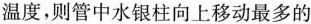
温度，则管中水银柱向上移动最多的